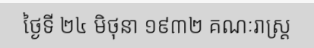
ថ្ងៃទី ២៤ មិថុនា ១៩៣២ គណៈរាស្ត្រ